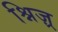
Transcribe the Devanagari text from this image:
श्निज़्र